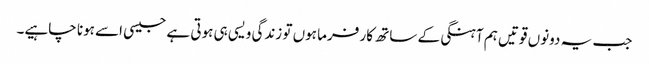
جب یہ دونوں قوتیں ہم آہنگی کے ساتھ کار فرما ہوں تو زندگی ویسی ہی ہوتی ہے جیسی اسے ہونا چاہیے۔